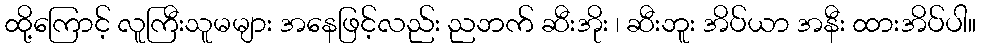
ထို့ကြောင့် လူကြီးသူမများ အနေဖြင့်လည်း ညဘက် ဆီးအိုး ၊ ဆီးဘူး အိပ်ယာ အနီး ထားအိပ်ပါ။